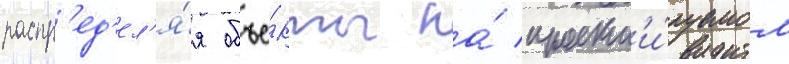
распр'ед'ел'я́я объе́кты на́ проект'и́руемом